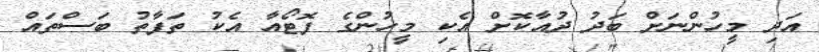
އަދި މީހުންނަށް ބަދު ދުއާކޮށް އެކި މީހުންގެ ފޮޓޯއާ އެކު ތަފާތު ބަސްތައް